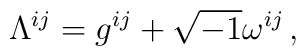
\Lambda^{ij}=g^{ij}+\sqrt{-1}\omega^{ij}\,,